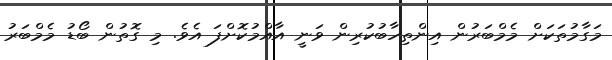
މަގާމުތަކަށް މެމްބަރުން އިންތިހާބުކުރިން ވަނީ އާއްމުކޮށްފަ އެވެ. މި ގޮތުން ބޯޑު މެމްބަރު